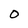
Character: 0